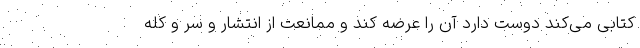
کتابی می‌کند دوست دارد آن را عرضه کند و ممانعت از انتشار و سر و کله